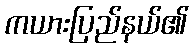
ကယားပြည်နယ်၏